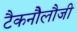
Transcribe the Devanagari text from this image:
टैकनौेलौजी